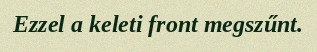
Ezzel a keleti front megszűnt.